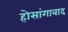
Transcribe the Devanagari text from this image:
होसांगाबाद